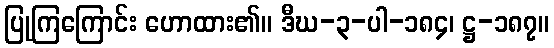
ပြုကြကြောင်း ဟောထား၏။ ဒီဃ-၃-ပါ-၁၈၄၊ ဋ္ဌ-၁၈၇။